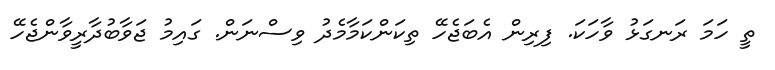
ތީ ހަމަ ރަނގަޅު ވާހަކަ. ފިރިން އެބަޖެހޭ ތިކަންކަމާމެދު ވިސްނަން. ގައިމު ޖަވާބުދާރީވާންޖެހޭ